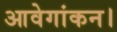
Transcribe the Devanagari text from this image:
आवेगांकन।